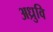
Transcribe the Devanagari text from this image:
अध्रुवि